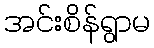
အင်းစိန်ရွာမ